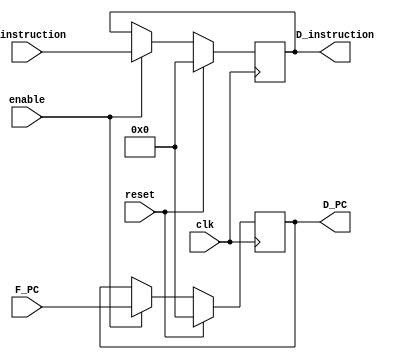
module D_reg(
    input clk,
    input reset,
    input enable,
    input [31:0] F_PC,
    input [31:0] F_instruction,
    
    output reg [31:0] D_PC,
    output reg [31:0] D_instruction
);

    always @(posedge clk) begin
        if (reset) begin
            D_PC <= 32'd0;
            D_instruction <= 32'd0;
        end
        else if (enable) begin
            D_PC <= F_PC;
            D_instruction <= F_instruction; 
        end    
    end


endmodule